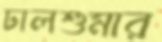
ঢালশুমার